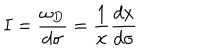
I = \frac { \omega _ { D } } { d \sigma } = \frac { 1 } { x } \frac { d x } { d \sigma }